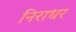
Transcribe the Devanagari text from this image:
निराधर